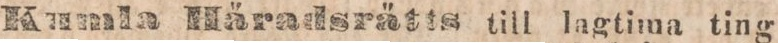
Kumla Häradsrätts till lagtima ting